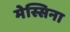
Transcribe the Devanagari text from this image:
मेस्सिना